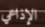
الإذاعي